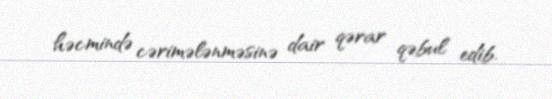
həcmində cərimələnməsinə dair qərar qəbul edib.